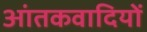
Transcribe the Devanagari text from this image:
आंतकवादियों